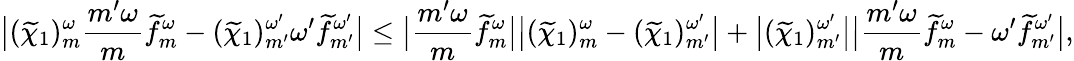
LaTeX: \big|(\widetilde{\chi}_{1})_{m}^{\omega}\frac{{m^{\prime}}\omega}{m}\widetilde{f}_{m}^{\omega}-(\widetilde{\chi}_{1})_{m^{\prime}}^{\omega^{\prime}}{\omega^{\prime}}\widetilde{f}_{m^{\prime}}^{\omega^{\prime}}\big|\leq\big|{\frac{{m^{\prime}}\omega}{m}}\widetilde{f}_{m}^{\omega}\big|\big|(\widetilde{\chi}_{1})_{m}^{\omega}-(\widetilde{\chi}_{1})_{m^{\prime}}^{\omega^{\prime}}\big|+\big|(\widetilde{\chi}_{1})_{m^{\prime}}^{\omega^{\prime}}\big|\big|{\frac{{m^{\prime}}\omega}{m}}\widetilde{f}_{m}^{\omega}-{\omega^{\prime}}\widetilde{f}_{m^{\prime}}^{\omega^{\prime}}\big|,